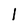
Character: 1